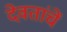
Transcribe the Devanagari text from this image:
देवतांचें